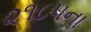
૨૧૮૫ના